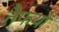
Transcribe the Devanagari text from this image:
तैफयों